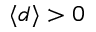
\langle d \rangle > 0